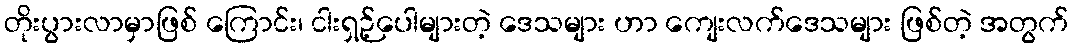
တိုးပွားလာမှာဖြစ် ကြောင်း၊ ငါးရှဉ့်ပေါများတဲ့ ဒေသများ ဟာ ကျေးလက်ဒေသများ ဖြစ်တဲ့ အတွက်